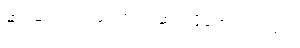
ဆင့်ဆင့်တက်ကြောင်း ဆက်ဖို့ကောင်းလည်း